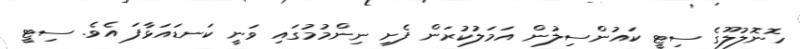
ހޮނޮލުލޫގެ ސިޓީ ކައުންސިލުން އަމަލުކުރަން ފެށި ނިންމުމުގައި ވަނީ ކަނޑައަޅާފަ އެވެ. ސިޓީ